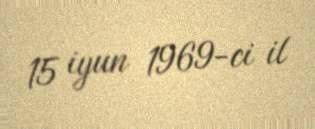
15 iyun 1969-ci il